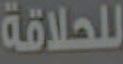
للحلاقة